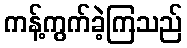
ကန့်ကွက်ခဲ့ကြသည်